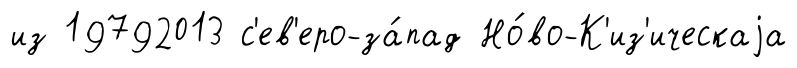
из 19792013 с'ев'еро-за́пад Но́во-К'из'ическаjа